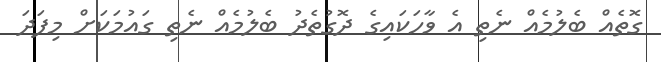
ގޮތެއް ބެލުމެއް ނެތި އެ ވާހަކައިގެ ދޮގުތެދު ބެލުމެއް ނެތި ގައުމަކަށް މިފަދަ